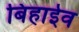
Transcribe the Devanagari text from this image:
बिहाईव